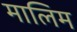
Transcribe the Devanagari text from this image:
मालिम